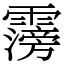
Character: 霶